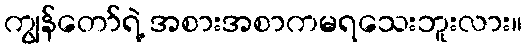
ကျွန်တော်ရဲ့ အစားအစာကမရသေးဘူးလား။